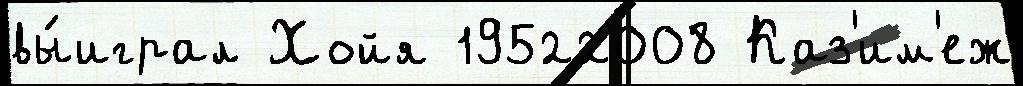
вы́играл Хойя 19522008 Каз'им'еж